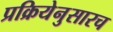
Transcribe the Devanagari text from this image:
प्रक्रियेनुसारच